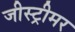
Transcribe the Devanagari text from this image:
जीस्ट्रीमर